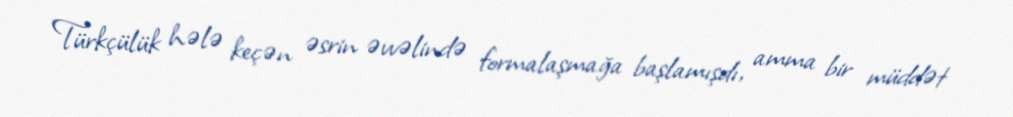
Türkçülük hələ keçən əsrin əvvəlində formalaşmağa başlamışdı, amma bir müddət